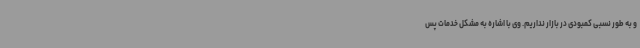
و به طور نسبی کمبودی در بازار نداریم. وی با اشاره به مشکل خدمات پس